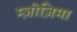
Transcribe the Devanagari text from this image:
म्ज़ीज़िमा